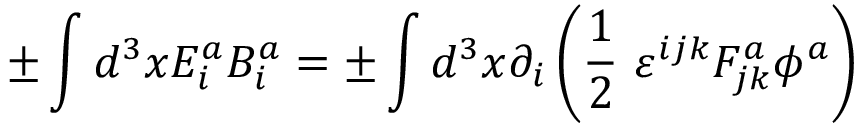
\pm \int d ^ { 3 } x E _ { i } ^ { a } B _ { i } ^ { a } = \pm \int d ^ { 3 } x \partial _ { i } \left( \frac { 1 } { 2 } \ \varepsilon ^ { i j k } F _ { j k } ^ { a } \phi ^ { a } \right)